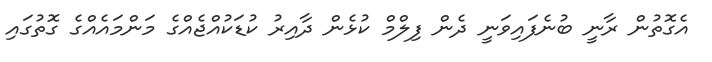
އެގޮތުން ރާނީ ބުނެފައިވަނީ ދެން ފިލްމް ކުޅެން ދާއިރު ކުޑަކުއްޖެއްގެ މަންމައެއްގެ ގޮތުގައި